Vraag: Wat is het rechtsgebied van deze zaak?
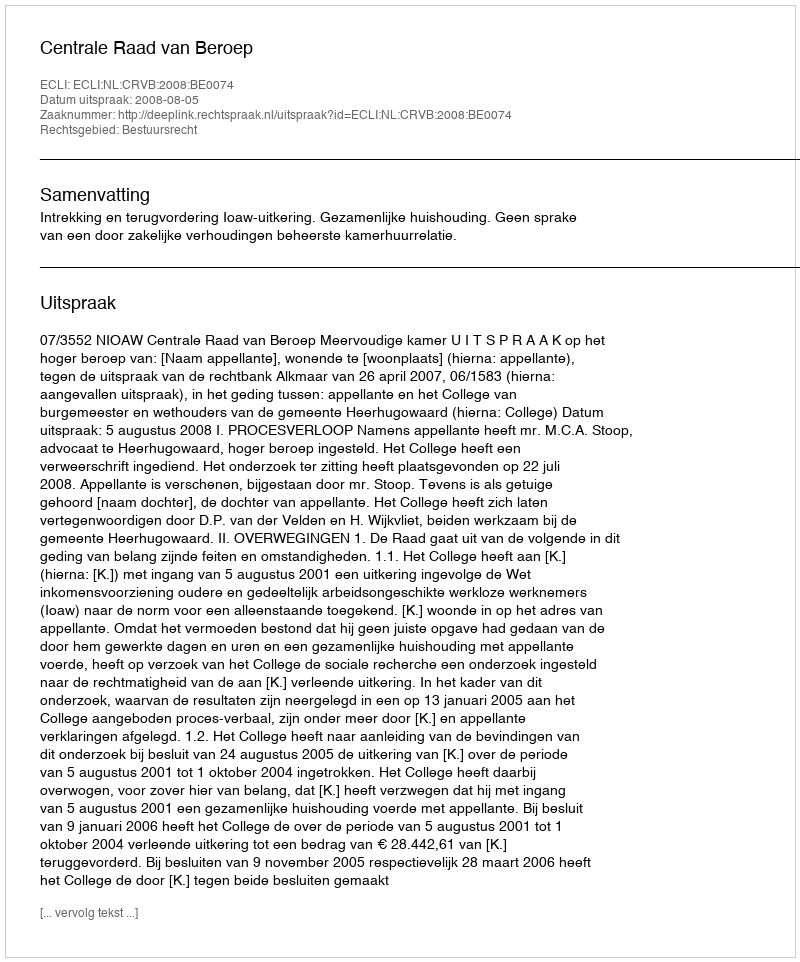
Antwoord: Bestuursrecht